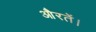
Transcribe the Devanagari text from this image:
औरतें।